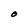
Character: O